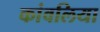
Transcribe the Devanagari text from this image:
कांवलिया